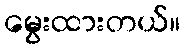
မွေးထားတယ်။